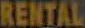
RENTAL